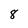
Character: 8